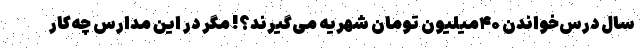
سال درس‌خواندن ۴۰میلیون تومان شهریه می‌گیرند؟! مگر در این مدارس چه‌کار